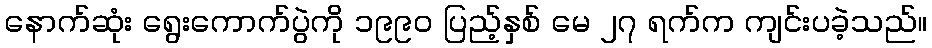
နောက်ဆုံး ရွေးကောက်ပွဲကို ၁၉၉၀ ပြည့်နှစ် မေ ၂၇ ရက်က ကျင်းပခဲ့သည်။